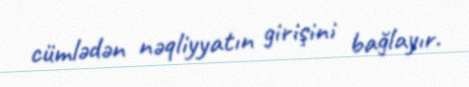
cümlədən nəqliyyatın girişini bağlayır.